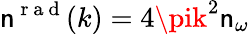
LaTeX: \mathsf{n}^{\mathrm{{~r~a~d~}}}(k)=4\pik^{2}\mathsf{n}_{\omega}